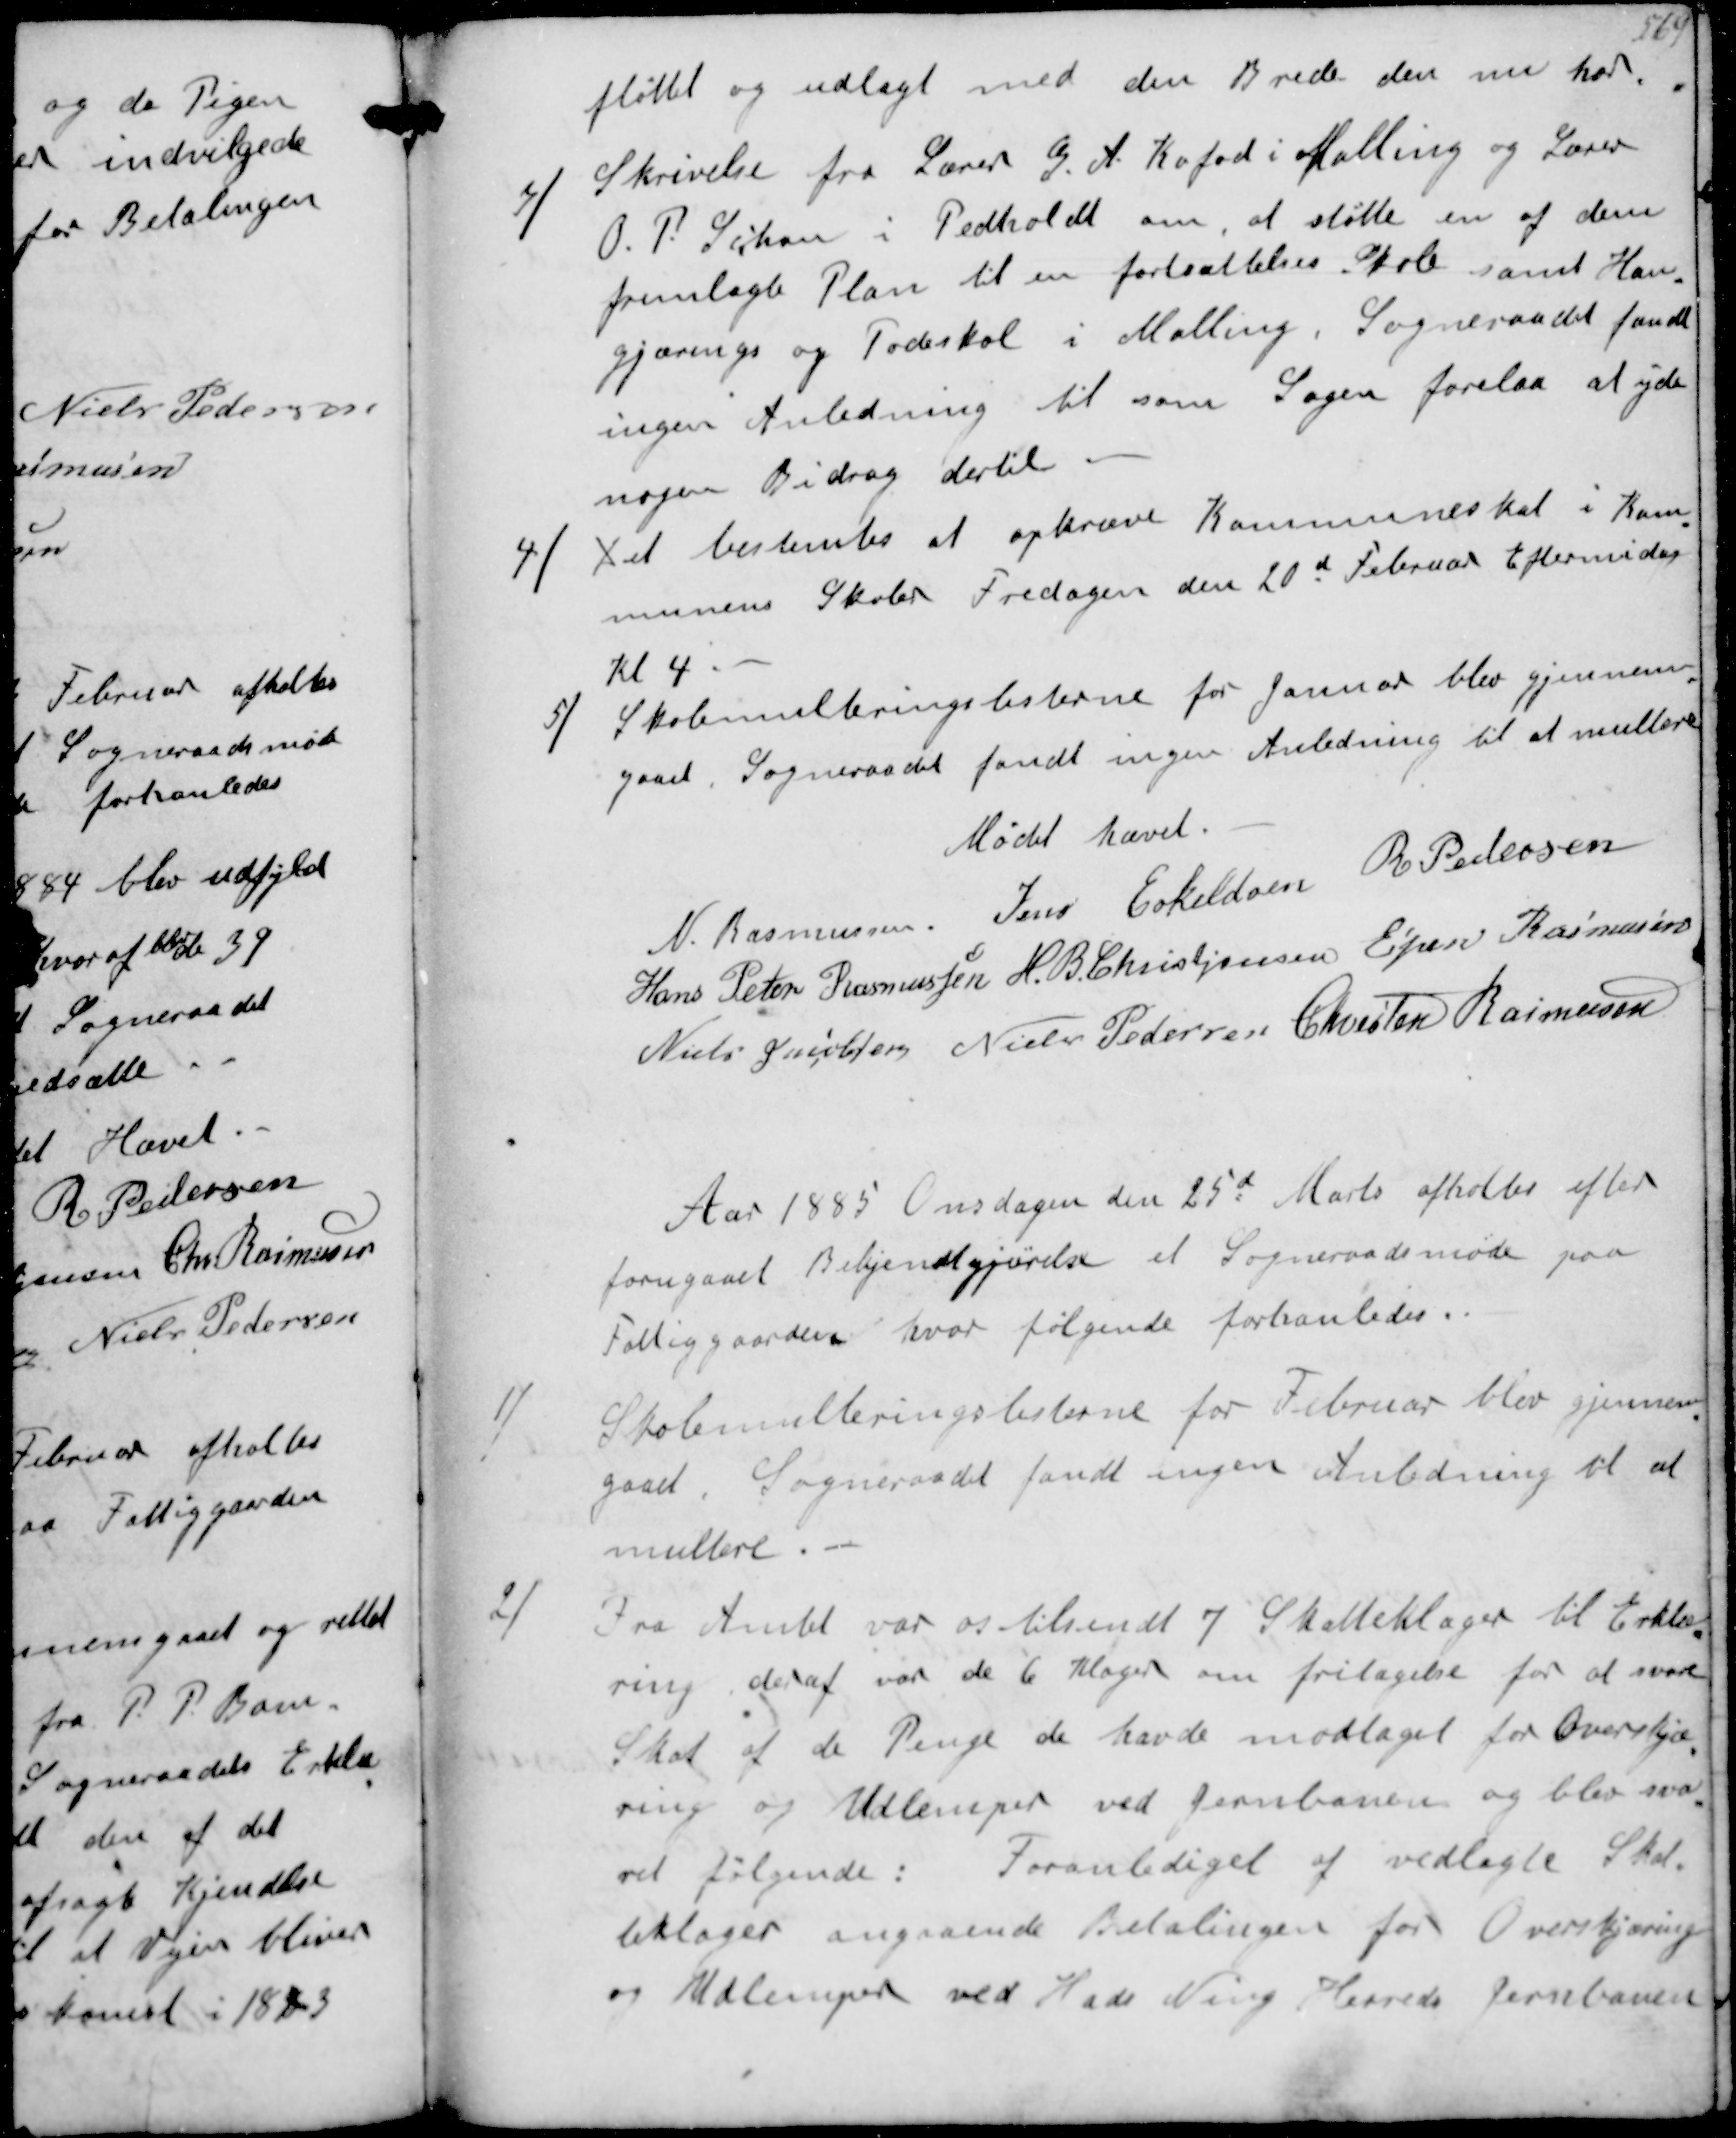
Transskription:
fløttet og udlagt med den Brede den nu har
3/
Skrivelse fra Lærer G A Kofod i Malling og Lærer
O P Schou i Pedholdt om at støtte en af dem
fremlagt Plan til en fortsættelses Skole samt Han-
gjærings og Podeskol i Malling, Sogneraadet fandt
ingen Anledning til som Sagen forelaa at yde
nogen Bidrag dertil
4/
Det bestemtes at opkræve Kommuneskat i Kom-
munens Skoler Fredagen den 20d Februar Eftermidag
Kl 4
5/
Skolemulteringslisterne for Januar blev gjennem-
gaaet Sogneraadet fandt ingen Anledning til at multere
Mødet hævet
N Rasmussen
Jens Eskeldsen
R Pedersen
Hans Peter Rasmussen
H B Kristjansen
Espen Rasmussen
Niels Jacobsen
Niels Pedersen
Chresten Rasmussen
Aar 1885 Onsdagen den 25d Marts afholtes efter
forugaaet Bekjendtgørelse et Sogneraadsmøde paa
Fattiggaarden hvor følgende forhanledes
1/
Skolemulteringslisterne for Februar blev gjennem-
gaaet Sogneraadet fandt ingen Anledning til at
multere
2/
Fra Amtet var os tilsendt 7 Skatteklager til Erklæ-
ring deraf var de 6 Klager om fritagelse for at svare
Skat af de penge de havde modtaget for Overskjæ-
ring og Udlemper ved Jernbanen og blev sva-
ret følgende: Foranlediget af vedlagte Skat-
teklager angaaende Betalingen for Overskjæring
og Udlemper ved Hads Ning Herreds Jernbaner